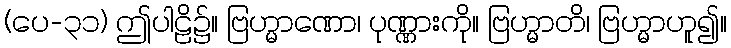
(ပေ-၃၁) ဤပါဠိ၌။ ဗြဟ္မာဏော၊ ပုဏ္ဏားကို။ ဗြဟ္မာတိ၊ ဗြဟ္မာဟူ၍။